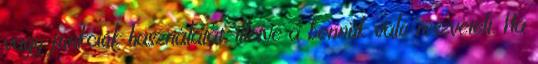
vagy funkciók használatát, illetve a bennük való részvételt. Ha